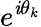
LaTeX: e^{\mathit{i}\theta_{k}}